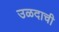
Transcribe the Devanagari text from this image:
उळदाची